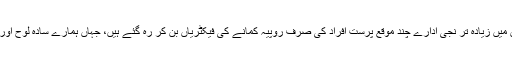
جن کی تعدادوقت گزرنے کے ساتھ ساتھ اب بہت زیادہ ہوچکی ہے لیکن افسوس کے ساتھ کہنا پڑ رہا ان میں زیادہ تر نجی ادارے چند موقع پرست افراد کی صرف روپیہ کمانے کی فیکٹریاں بن کر رہ گئے ہیں، جہاں ہمارے سادہ لوح اور چینی زبان سیکھنے کے شائق نوجوان چینی زبان سیکھنے کا اپنا خواب کبھی بھی پورا نہیں کرسکتے۔